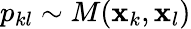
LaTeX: p_{kl}\sim M(\mathbf{x}_{k},\mathbf{x}_{l})